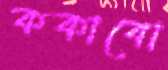
ককাবো